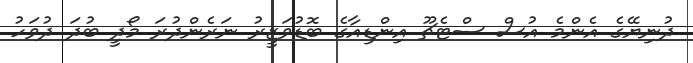
ދުނިޔޭގެ އެންމެ އުސް ސްޓެޗޫ އިންޑިއާގެ ބޮޑުވަޒީރު ނަރެންދުރަ މޯދީ ބުދަ ދުވަހު